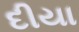
દીયા